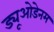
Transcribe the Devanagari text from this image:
ड्यूओडेनम